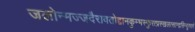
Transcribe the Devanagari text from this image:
जलोन्मज्जदैरावतोद्दानकुम्भस्फुरत्प्रस्खलत्सान्द्रसिन्दूररागे